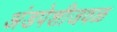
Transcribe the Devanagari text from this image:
अंडपेशीजवळ